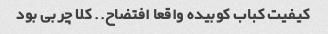
کیفیت کباب کوبیده واقعا افتضاح.. کلا چربی بود